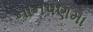
નાનપણમા